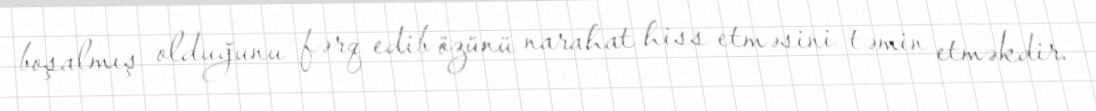
boşalmış olduğunu fərq edib özünü narahat hiss etməsini təmin etməkdir.